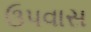
ઉપવાસ